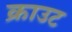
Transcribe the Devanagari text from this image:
क्राउट